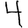
Digit: 4